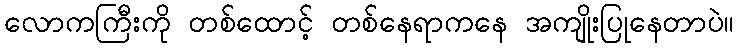
လောကကြီးကို တစ်ထောင့် တစ်နေရာကနေ အကျိုးပြုနေတာပဲ။